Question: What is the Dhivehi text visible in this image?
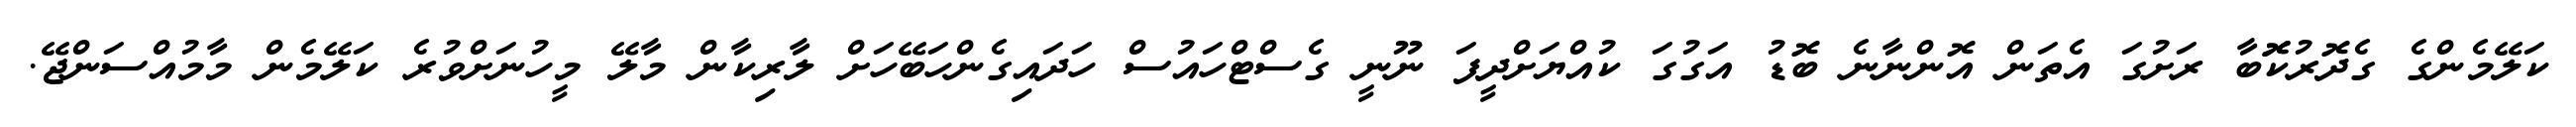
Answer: ކަލޭމެންގެ ގެދޮރުކޮޮބާ ރަށުގަ އެތަން އޮންނާނެ ބޮޑު އަގުގަ ކުއްޔަށްދީފަ ނޫނީ ގެސްޓްހައުސް ހަދައިގެންހަބޭހަށް ލާރިކާން މާލޭ މީހުނަށްވުރެ ކަލޭމެން މާމުއްސަންޖޭ.